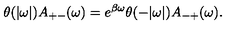
\theta ( | \omega | ) A _ { + - } ( \omega ) = e ^ { \beta \omega } \theta ( - | \omega | ) A _ { - + } ( \omega ) .